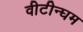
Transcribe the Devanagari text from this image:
वीटीन्घम